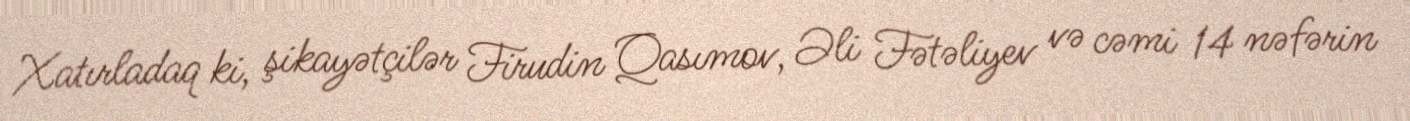
Xatırladaq ki, şikayətçilər Firudin Qasımov, Əli Fətəliyev və cəmi 14 nəfərin